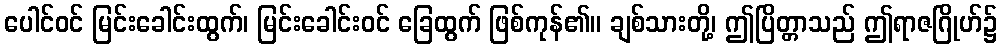
ပေါင်ဝင် မြင်းခေါင်းထွက်၊ မြင်းခေါင်းဝင် ခြေထွက် ဖြစ်ကုန်၏။ ချစ်သားတို့၊ ဤပြိတ္တာသည် ဤရာဇဂြိုဟ်၌